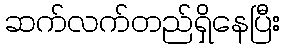
ဆက်လက်တည်ရှိနေပြီး